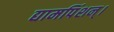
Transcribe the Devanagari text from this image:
द्यामपिंशन्।